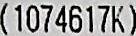
(1074617K)